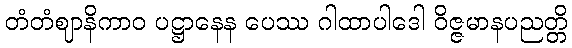
တံတံဈာနိကာဝ ပဋ္ဌာနေန ပေဿ ဂါထာပါဒေါ ဝိဇ္ဇမာနပညတ္တိ